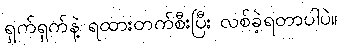
ရှက်ရှက်နဲ့ ရထားတက်စီးပြီး လစ်ခဲ့ရတာပါပဲ။